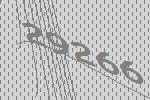
29266